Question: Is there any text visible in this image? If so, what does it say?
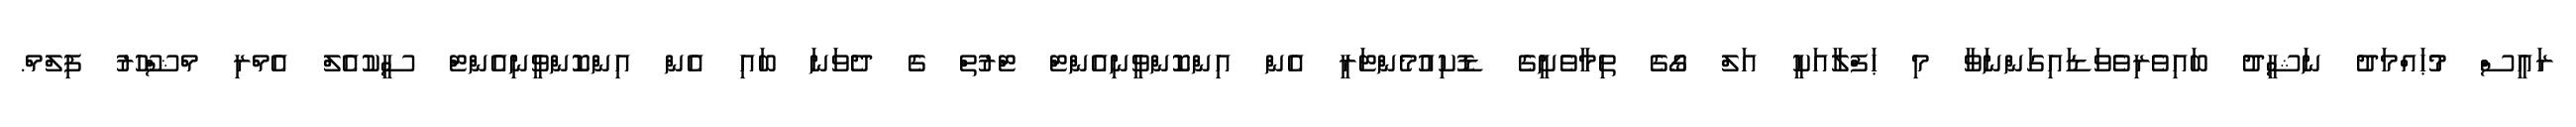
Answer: ރައީސް މުޙައްމަދު ނަޝީދު ބައިވެރިވެވަޑައިގަންނަވާ މި ޙަފްލާއަކީ އަލް ގޯގެ ތިމާވެށީގެ ޑޮކިއުމެންޓަރީ އެން އިންކޮންވީނިއެންޓް ޓްރުތް ގެ ދެވަނަ ބައި އެން އިންކޮންވީނިއެންޓް ސީކުއެލް އެމްރި މްޝްހޫރު ފިލްމް.